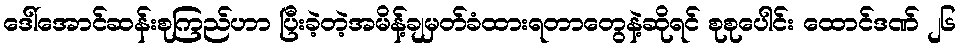
ဒေါ်အောင်ဆန်းစုကြည်ဟာ ပြီးခဲ့တဲ့အမိန့်ချမှတ်ခံထားရတာတွေနဲ့ဆိုရင် စုစုပေါင်း ထောင်ဒဏ် ၂၆